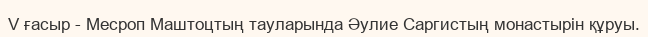
V ғасыр - Месроп Маштоцтың тауларында Әулие Саргистың монастырін құруы.